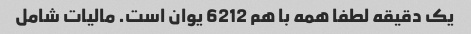
یک دقیقه لطفا همه با هم 6212 یوان است. مالیات شامل